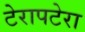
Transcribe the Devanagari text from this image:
टेरापटेरा